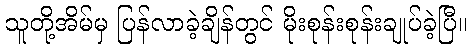
သူတို့အိမ်မှ ပြန်လာခဲ့ချိန်တွင် မိုးစုန်းစုန်းချုပ်ခဲ့ပြီ။